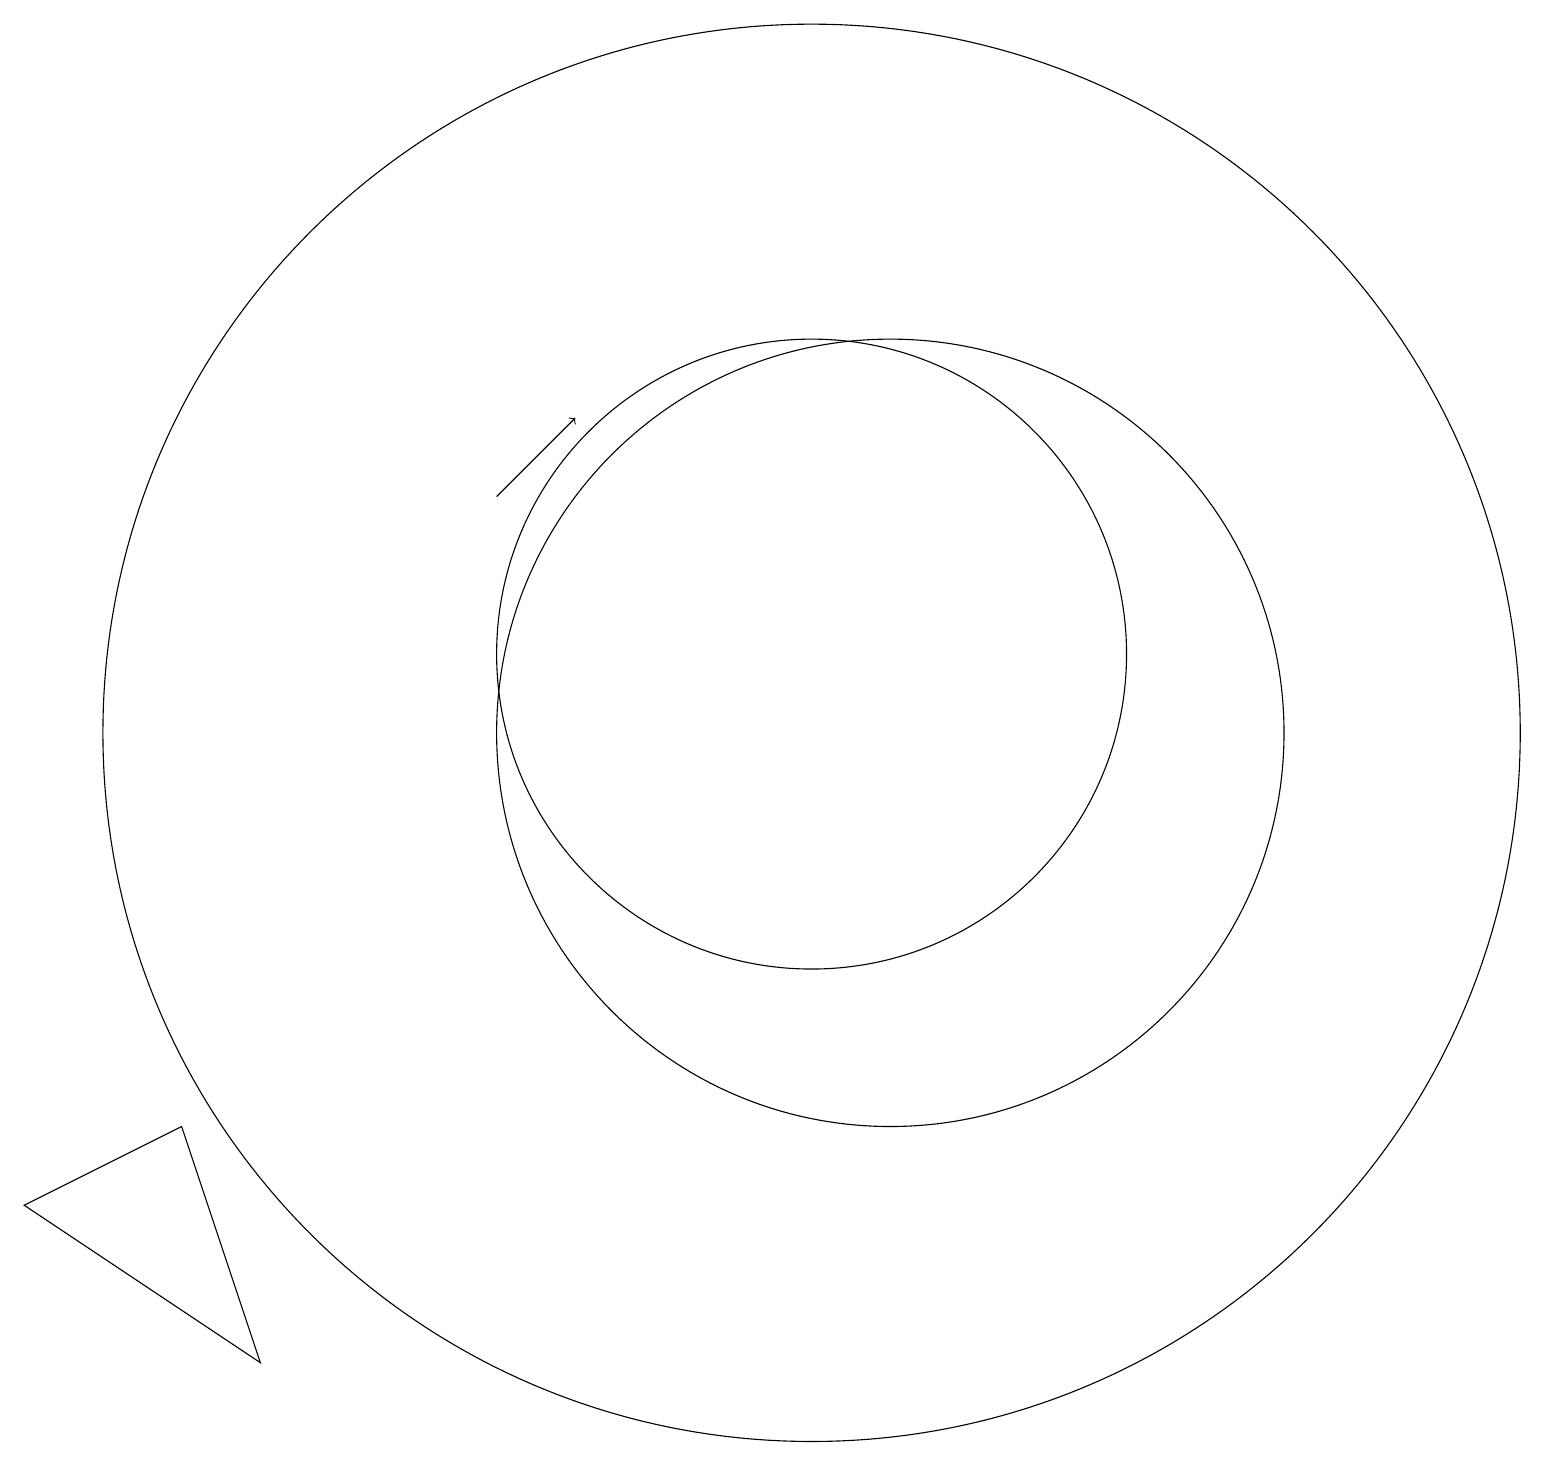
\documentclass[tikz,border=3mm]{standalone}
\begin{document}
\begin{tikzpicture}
\draw (0,4) -- (3,2) -- (2,5) -- cycle;
\draw[->] (6,13) -- (7,14);
\draw (10,10) circle (9);
\draw (11,10) circle (5);
\draw (10,11) circle (4);
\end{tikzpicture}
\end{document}